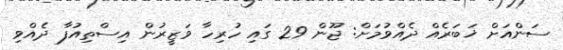
ސަންއަށް ޚަބަރެއް ދެއްވުމަށް: ޖޫން 29 ގައި ހުރިހާ ވަޒީރުން އިސްތިއުފާ ދެއްވި